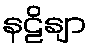
နဠိနျာ